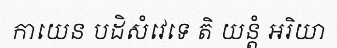
កាយេន បដិសំវេទេ តិ យន្តំ អរិយា